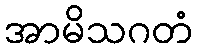
အာမိသဂတံ